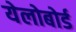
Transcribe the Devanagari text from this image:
येलोबोर्ड